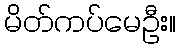
မိတ်ကပ်မေဦး။